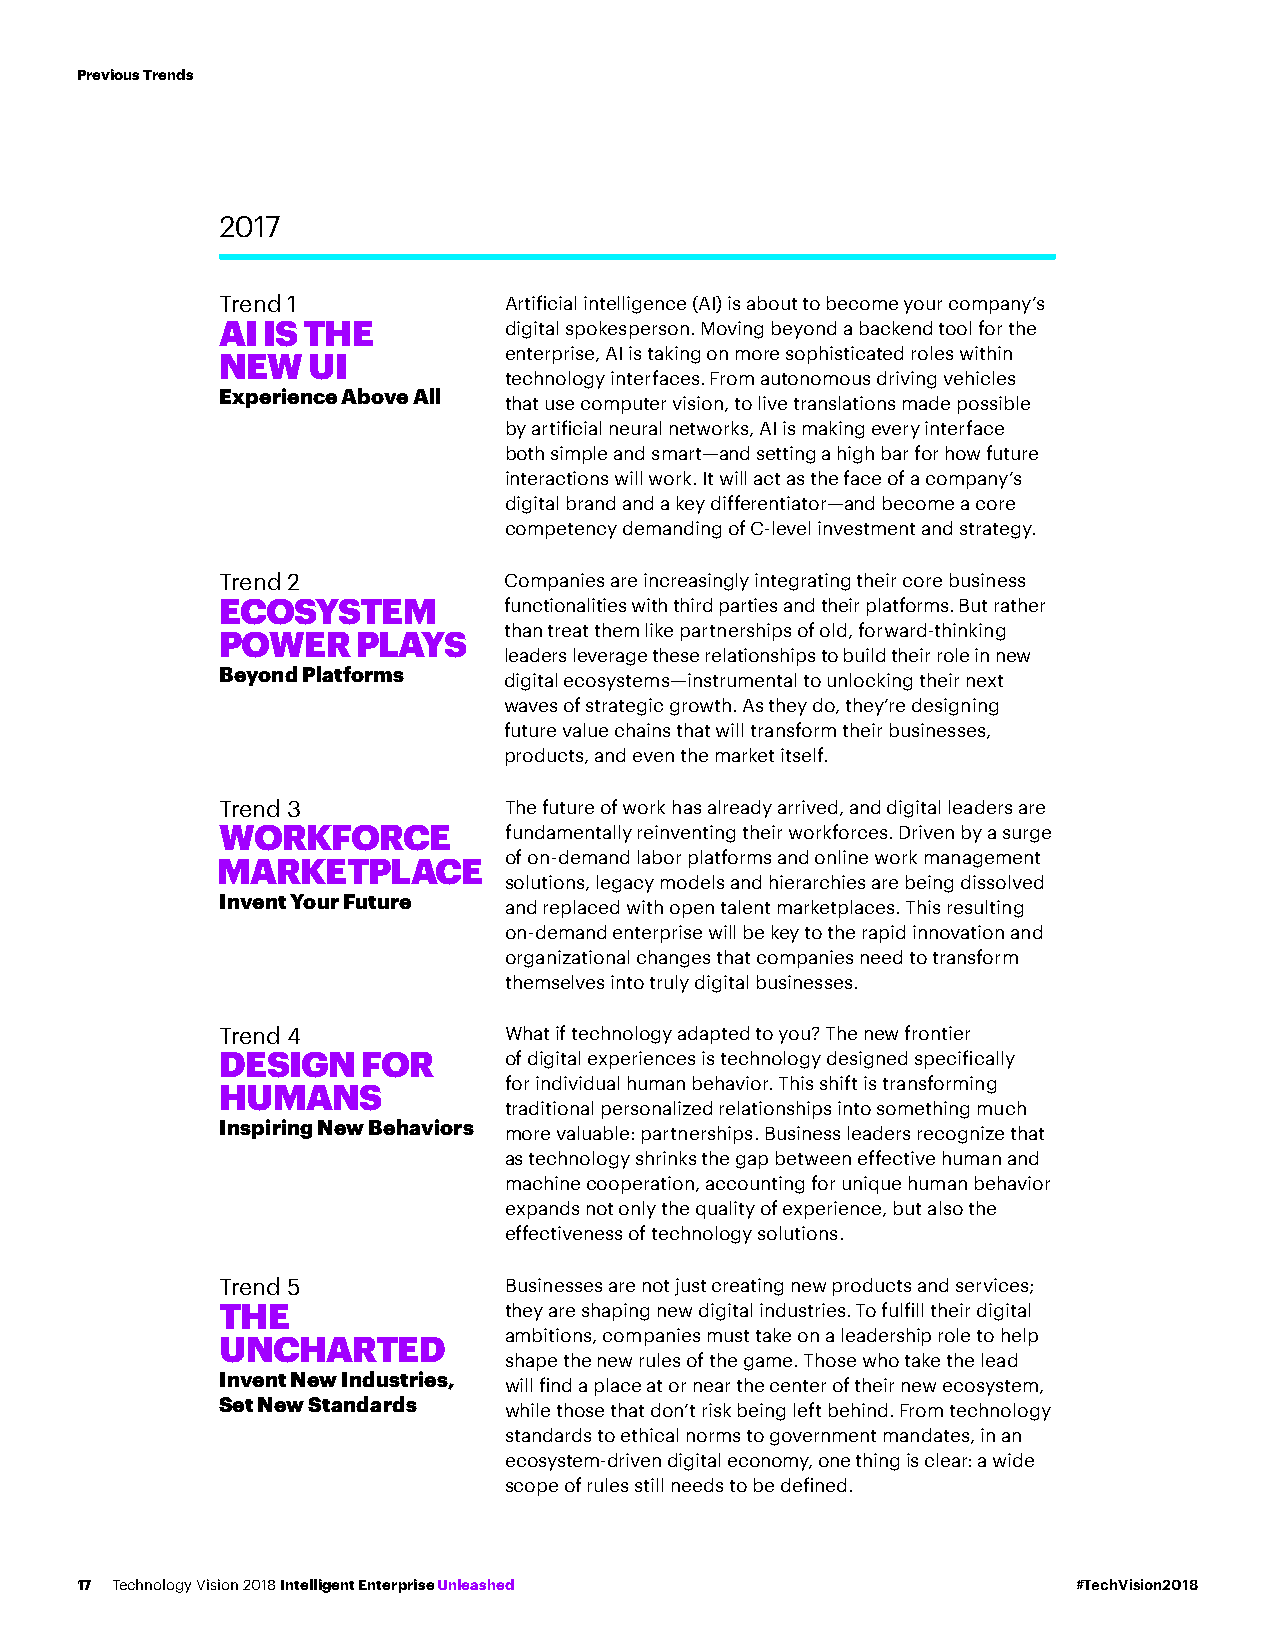
Previous Trends
 2017
 Trend 1           Artificial intelligence (AI) is about to become your company’s
 AI IS THE         digital spokesperson. Moving beyond a backend tool for the
 NEW  UI           enterprise, AI is taking on more sophisticated roles within
 technology interfaces. From autonomous driving vehicles
 Experience Above All
 that use computer vision, to live translations made possible
 by artificial neural networks, AI is making every interface
 both simple and smart—and setting a high bar for how future
 interactions will work. It will act as the face of a company’s
 digital brand and a key differentiator—and become a core
 competency demanding of C-level investment and strategy.
 Trend 2           Companies are increasingly integrating their core business
 ECOSYSTEM         functionalities with third parties and their platforms. But rather
 than treat them like partnerships of old, forward-thinking
 POWER    PLAYS
 leaders leverage these relationships to build their role in new
 Beyond Platforms
 digital ecosystems—instrumental to unlocking their next
 waves of strategic growth. As they do, they’re designing
 future value chains that will transform their businesses,
 products, and even the market itself.
 Trend 3           The future of work has already arrived, and digital leaders are
 WORKFORCE         fundamentally reinventing their workforces. Driven by a surge
 of on-demand labor platforms and online work management
 M  ARKETPLACE
 solutions, legacy models and hierarchies are being dissolved
 Invent Your Future
 and replaced with open talent marketplaces. This resulting
 on-demand enterprise will be key to the rapid innovation and
 organizational changes that companies need to transform
 themselves into truly digital businesses.
 Trend 4           What if technology adapted to you? The new frontier
 DESIGN   FOR      of digital experiences is technology designed specifically
 for individual human behavior. This shift is transforming
 HUMANS
 traditional personalized relationships into something much
 Inspiring New Behaviors
 more valuable: partnerships. Business leaders recognize that
 as technology shrinks the gap between effective human and
 machine cooperation, accounting for unique human behavior
 expands not only the quality of experience, but also the
 effectiveness of technology solutions.
 Trend 5           Businesses are not just creating new products and services;
 THE               they are shaping new digital industries. To fulfill their digital
 ambitions, companies must take on a leadership role to help
 UNCHARTED
 shape the new rules of the game. Those who take the lead
 Invent New Industries,
 will find a place at or near the center of their new ecosystem,
 Set New Standards
 while those that don’t risk being left behind. From technology
 standards to ethical norms to government mandates, in an
 ecosystem-driven digital economy, one thing is clear: a wide
 scope of rules still needs to be defined.
 17 Technology Vision 2018 Intelligent Enterprise Unleashed        #TechVision2018